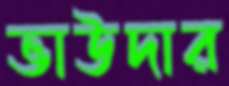
ভাউদার